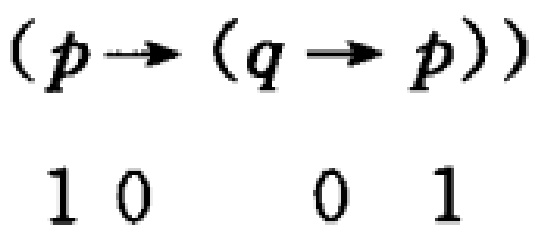
\((p\rightarrow (q\rightarrow p))\)
1 0  0 1